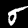
Label: 5